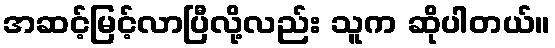
အဆင့်မြင့်လာပြီလို့လည်း သူက ဆိုပါတယ်။